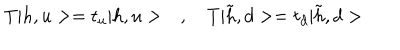
T | h , u > = t _ { u } | h , u > \quad , \quad T | \tilde { h } , d > = t _ { d } | \tilde { h } , d >